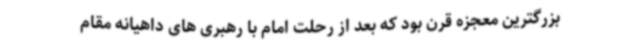
بزرگترین معجزه قرن بود که بعد از رحلت امام با رهبری های داهیانه مقام